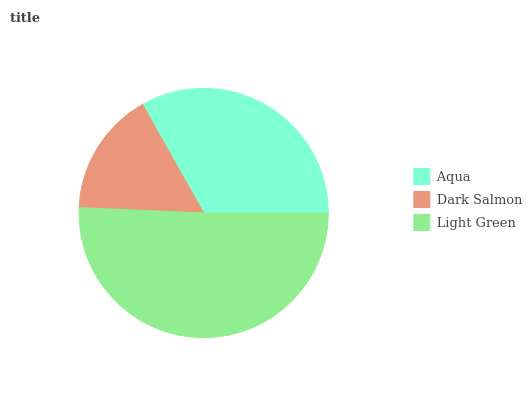
| Aqua | Dark Salmon | Light Green |
 | --- | --- | --- |
 | 33.2% | 16.1% | 50.7% |